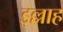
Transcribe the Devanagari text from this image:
इल्लाह